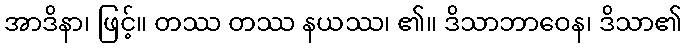
အာဒိနာ၊ ဖြင့်။ တဿ တဿ နယဿ၊ ၏။ ဒိသာဘာဝေန၊ ဒိသာ၏